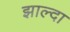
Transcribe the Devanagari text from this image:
झाल्दा